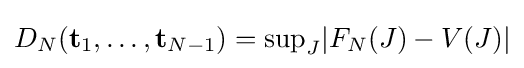
D_{N}({\mathbf {t} }_{1},\dots ,{\mathbf {t} }_{N-1})={\rm {sup}}_{J}|F_{N}(J)-V(J)|